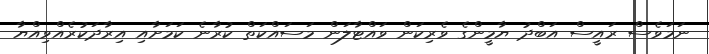
ނަމަވެސް ރައީސް އަބްދު ޔާމީންގެ ވެރިކަން ވައްޓާލަން މަސައްކަތް ކުރާނެ ކަމަށާއި އިރާދަކުރެއްވިއްޔާ